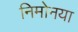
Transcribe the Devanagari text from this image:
निमोनया